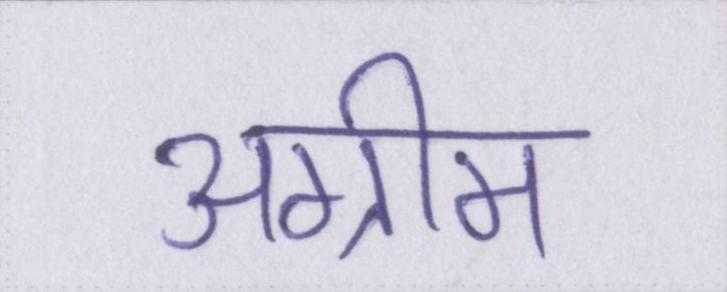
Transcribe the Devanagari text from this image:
अग्रीम